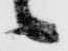
々